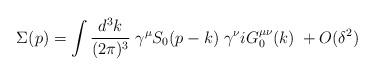
LaTeX: \begin{align*}\Sigma(p)=\int {\frac {d^3k}{(2\pi)^3}} \;\gamma^\mu S_0(p-k)\; \gamma^\nu i G^{\mu \nu}_0(k) \; +O(\delta^2)\end{align*}